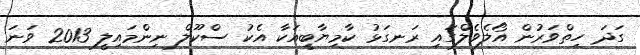
ގަދަ ހިތްވަރުން އޯލެވެލްގައި ރަނގަޅު ކާމިޔާބީއަކާ އެކު ސްކޫލް ނިންމައިލީ 2013 ވަނަ